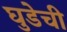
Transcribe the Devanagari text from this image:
घुडेची